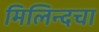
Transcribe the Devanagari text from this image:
मिलिन्दचा